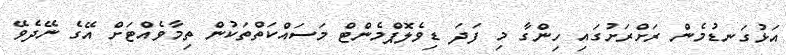
އަޅުގަނޑުމެން ރަށްރަށުގައި ހިންގާ މި ފަދަ ޑިވެލޮޕްމެންޓް މަސައްކަތްތަކުން ތިމާވެއްޓަށް އޭގެ ނޭދެވޭ